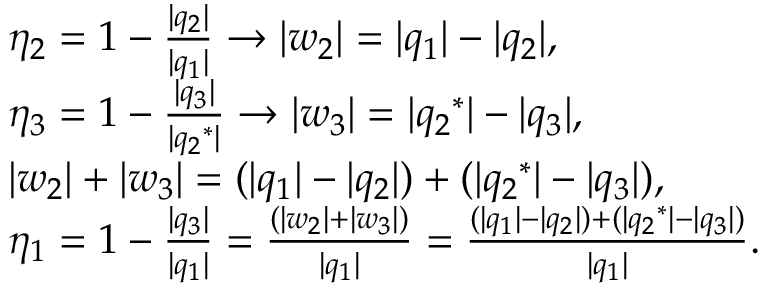
{ \begin{array} { r l } & { { { \eta } _ { 2 } } = 1 - { \frac { | { { q } _ { 2 } } | } { | { { q } _ { 1 } } | } } \to | { { w } _ { 2 } } | = | { { q } _ { 1 } } | - | { { q } _ { 2 } } | , } \\ & { { { \eta } _ { 3 } } = 1 - { \frac { | { { q } _ { 3 } } | } { | { { q } _ { 2 } } ^ { * } | } } \to | { { w } _ { 3 } } | = | { { q } _ { 2 } } ^ { * } | - | { { q } _ { 3 } } | , } \\ & { | { { w } _ { 2 } } | + | { { w } _ { 3 } } | = ( | { { q } _ { 1 } } | - | { { q } _ { 2 } } | ) + ( | { { q } _ { 2 } } ^ { * } | - | { { q } _ { 3 } } | ) , } \\ & { { { \eta } _ { 1 } } = 1 - { \frac { | { { q } _ { 3 } } | } { | { { q } _ { 1 } } | } } = { \frac { ( | { { w } _ { 2 } } | + | { { w } _ { 3 } } | ) } { | { { q } _ { 1 } } | } } = { \frac { ( | { { q } _ { 1 } } | - | { { q } _ { 2 } } | ) + ( | { { q } _ { 2 } } ^ { * } | - | { { q } _ { 3 } } | ) } { | { { q } _ { 1 } } | } } . } \end{array} }